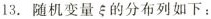
13.随机变量\xi 的分布列如下：